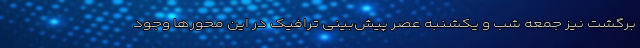
برگشت نیز جمعه شب و یکشنبه عصر پیش‌بینی ترافیک در این محورها وجود